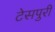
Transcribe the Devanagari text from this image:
टेसपुरी